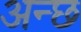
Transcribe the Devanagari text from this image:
अन्छ